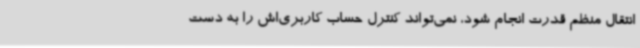
انتقال منظم قدرت انجام شود، نمی‌تواند کنترل حساب کاربری‌اش را به دست